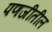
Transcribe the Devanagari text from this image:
पणजीतील